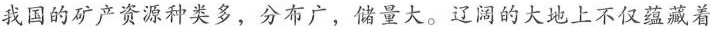
我国的矿产资源种类多，分布广，储量大。辽阔的大地上不仅蕴藏着